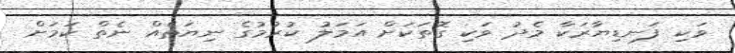
ވަކި ފަނޑިޔާރަކާ މެދު ވަކި ގޮތަކަށް އަމަލު ކުރުމުގެ ނިޔަތެއް ނެތް ކަމަށް